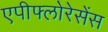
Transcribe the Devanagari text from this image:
एपीफ्लोरेसेंस